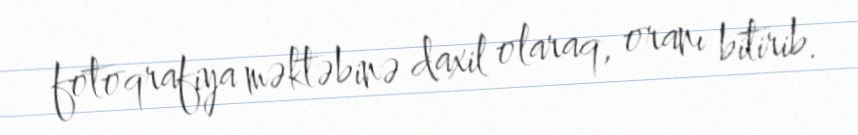
fotoqrafiya məktəbinə daxil olaraq, oranı bitirib.